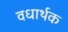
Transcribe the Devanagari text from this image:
वधार्थक